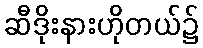
ဆီဒိုးနားဟိုတယ်၌